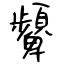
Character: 顰